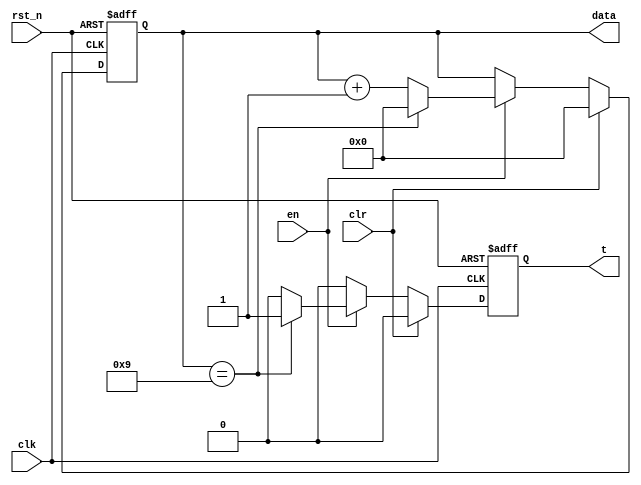
// This program was cloned from: https://github.com/Manistein/let-us-build-a-computer-system
// License: MIT License

`timescale 1ns / 1ps
//////////////////////////////////////////////////////////////////////////////////
//                                                                              //
//                                                                              //
//          msq@qq.com                                                          //
//          ALINX(shanghai) Technology Co.,Ltd                                  //
//          heijin                                                              //
//     WEB: http://www.alinx.cn/                                                //
//     BBS: http://www.heijin.org/                                              //
//                                                                              //
//////////////////////////////////////////////////////////////////////////////////
//                                                                              //
// Copyright (c) 2017,ALINX(shanghai) Technology Co.,Ltd                        //
//                    All rights reserved                                       //
//                                                                              //
// This source file may be used and distributed without restriction provided    //
// that this copyright statement is not removed from the file and that any      //
// derivative work contains the original copyright notice and the associated    //
// disclaimer.                                                                  //
//                                                                              //
//////////////////////////////////////////////////////////////////////////////////

//==========================================================================
//  Revision History:
//  Date          By            Revision    Change Description
//--------------------------------------------------------------------------
//  2017/6/19     meisq         1.0         Original
//*************************************************************************/

module count_m10(
                 input          clk,
                 input          rst_n,
                 input          en,    //Counter enable
                 input          clr,   //Counter synchronous reset   
                 output reg[3:0]data,  //counter value
                 output reg     t      // carry enable signal
                );
always@(posedge clk or negedge rst_n) 
begin
    if(rst_n==0)
    begin
        data <= 4'd0;
        t <= 1'd0;
    end
    else if(clr)
    begin
        data <= 4'd0;
        t <= 1'd0;      
    end
    else if(en)
    begin
        if(data==4'd9)
        begin
            t<= 1'b1;    //Counter to 9 to generate carry
            data <= 4'd0;//Counter to 9 reset
        end
        else
        begin
            t <= 1'b0;
            data <= data + 4'd1;
        end
    end
    else
        t <= 1'b0;
end

endmodule